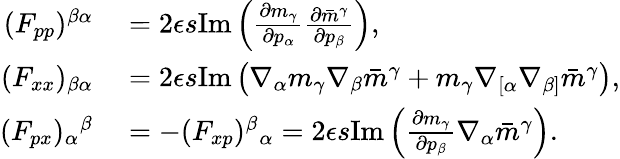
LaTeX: \begin{array}{rl}{(F_{pp})^{\beta\alpha}}&{{}=2\epsilon s\mathrm{Im}\left(\frac{\partial m_{\gamma}}{\partial p_{\alpha}}\frac{\partial\bar{m}^{\gamma}}{\partial p_{\beta}}\right),}\\ {(F_{xx})_{\beta\alpha}}&{{}=2\epsilon s\mathrm{Im}\left(\nabla_{\alpha}m_{\gamma}\nabla_{\beta}\bar{m}^{\gamma}+m_{\gamma}\nabla_{[\alpha}\nabla_{\beta]}\bar{m}^{\gamma}\right),}\\ {(F_{px})_{\alpha}{}^{\beta}}&{{}=-(F_{xp})^{\beta}{}_{\alpha}=2\epsilon s\mathrm{Im}\left(\frac{\partial m_{\gamma}}{\partial p_{\beta}}\nabla_{\alpha}\bar{m}^{\gamma}\right).}\end{array}